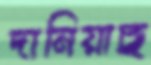
দানিয়াছ